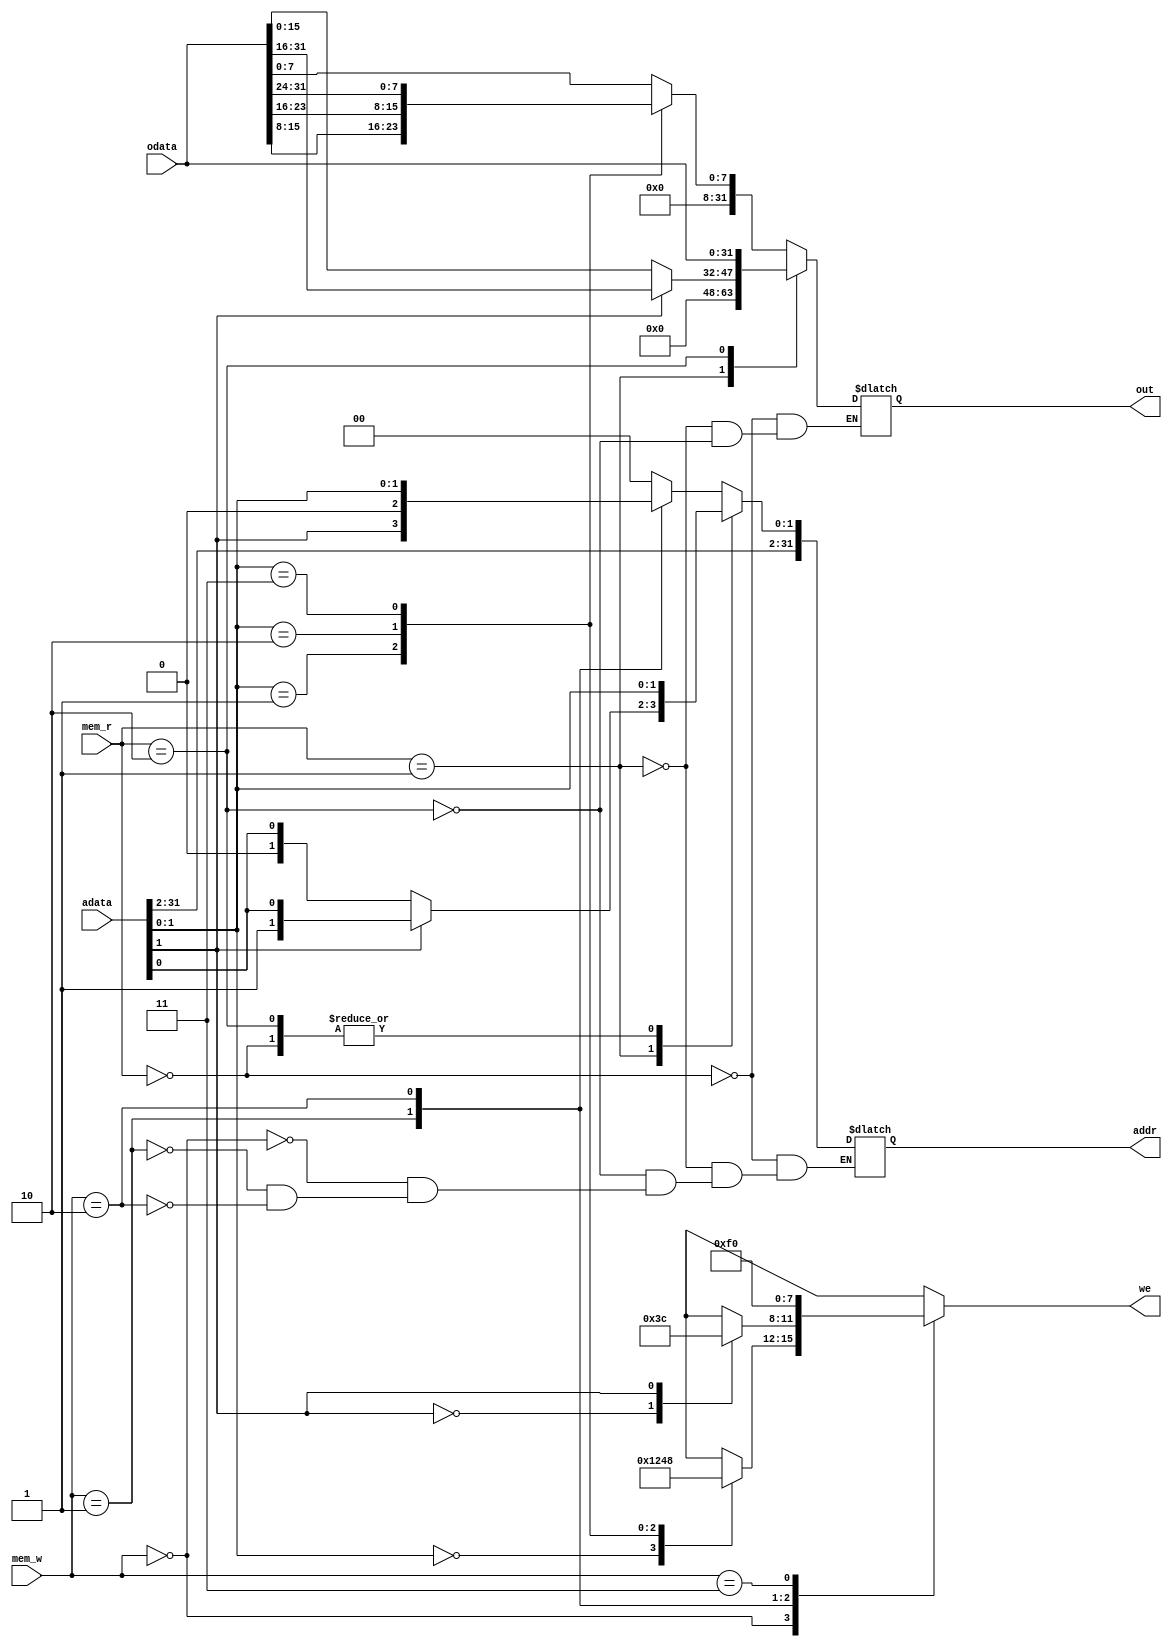
// Decoder for Dmem

module demem( adata, odata, mem_w, mem_r, we, out, addr);

	input [31:0] adata, odata;
	input [1:0] mem_w, mem_r;
	output reg[3:0] we;
	output reg[31:0] out, addr;

always@(*) begin

	case(mem_w)
		2'b00:begin 
				 addr <= {adata[31:2],{2{1'b0}}};
				case(adata[1:0])
					2'b00:  we <= 4'b0001;
					2'b01:  we <= 4'b0010;
					2'b10:  we <= 4'b0100;
					2'b11:  we <= 4'b1000;
				endcase
				end
		2'b01:begin
				 addr <=  {adata[31:1],{1{1'b0}}};
				case(adata[1])
					1'b0:  we <= 4'b0011;
					1'b1:  we <= 4'b1100;
				endcase
				end
		2'b10:begin
				 addr <= adata;
				 we <= 4'b1111;
				end
		2'b11: we <= 4'b0000;
	endcase

	case(mem_r)
		2'b00: case(adata[1:0])
				2'b00: begin
						  addr <= adata;
						  out <= {{24{1'b0}},odata[7:0]};
						 end
				2'b01: begin
						  addr <= adata;
						  out <= {{24{1'b0}},odata[15:8]};
						 end
				2'b10: begin
						  addr <= adata;
						  out <= {{24{1'b0}},odata[23:16]};
						 end
				2'b11: begin
						  addr <= adata;
						  out <= {{24{1'b0}},odata[31:24]};
						 end
				endcase
		2'b01: case(adata[1])
				1'b0: begin
						 addr <= adata;
						 out <= {{16{1'b0}},odata[15:0]};
						end
				1'b1: begin
						 addr <= adata;
						 out <= {{16{1'b0}},odata[31:16]};
						end
				endcase
		2'b10: begin
				  addr <= adata;
				  out <= odata;
				 end
	endcase
end
endmodule